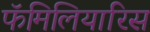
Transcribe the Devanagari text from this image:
फॅमिलियारिस